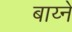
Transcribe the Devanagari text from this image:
बाय्ने